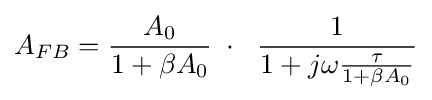
A_{FB}={\frac {A_{0}}{1+\beta A_{0}}}\;\cdot \;\ {\frac {1}{1+j\omega {\frac {\tau }{1+\beta A_{0}}}}}